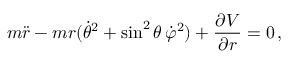
m { \ddot { r } } - m r ( { \dot { \theta } } ^ { 2 } + \sin ^ { 2 } \theta \, { \dot { \varphi } } ^ { 2 } ) + { \frac { \partial V } { \partial r } } = 0 \, ,